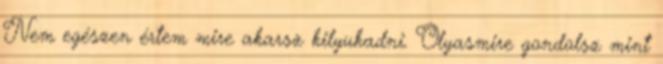
Nem egészen értem mire akarsz kilyukadni. Olyasmire gondolsz mint